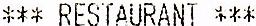
*** RESTAURANT ***